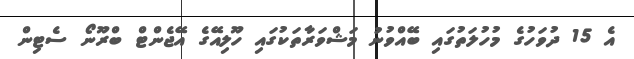
އެ 15 ދުވަހުގެ މުހުލަތުގައި ބޭއްވުނު މަޝްވަރާތަކުގައި ހޫލިއޭގެ އޭޖެންޓް ބްރޫނޯ ސެޓިން